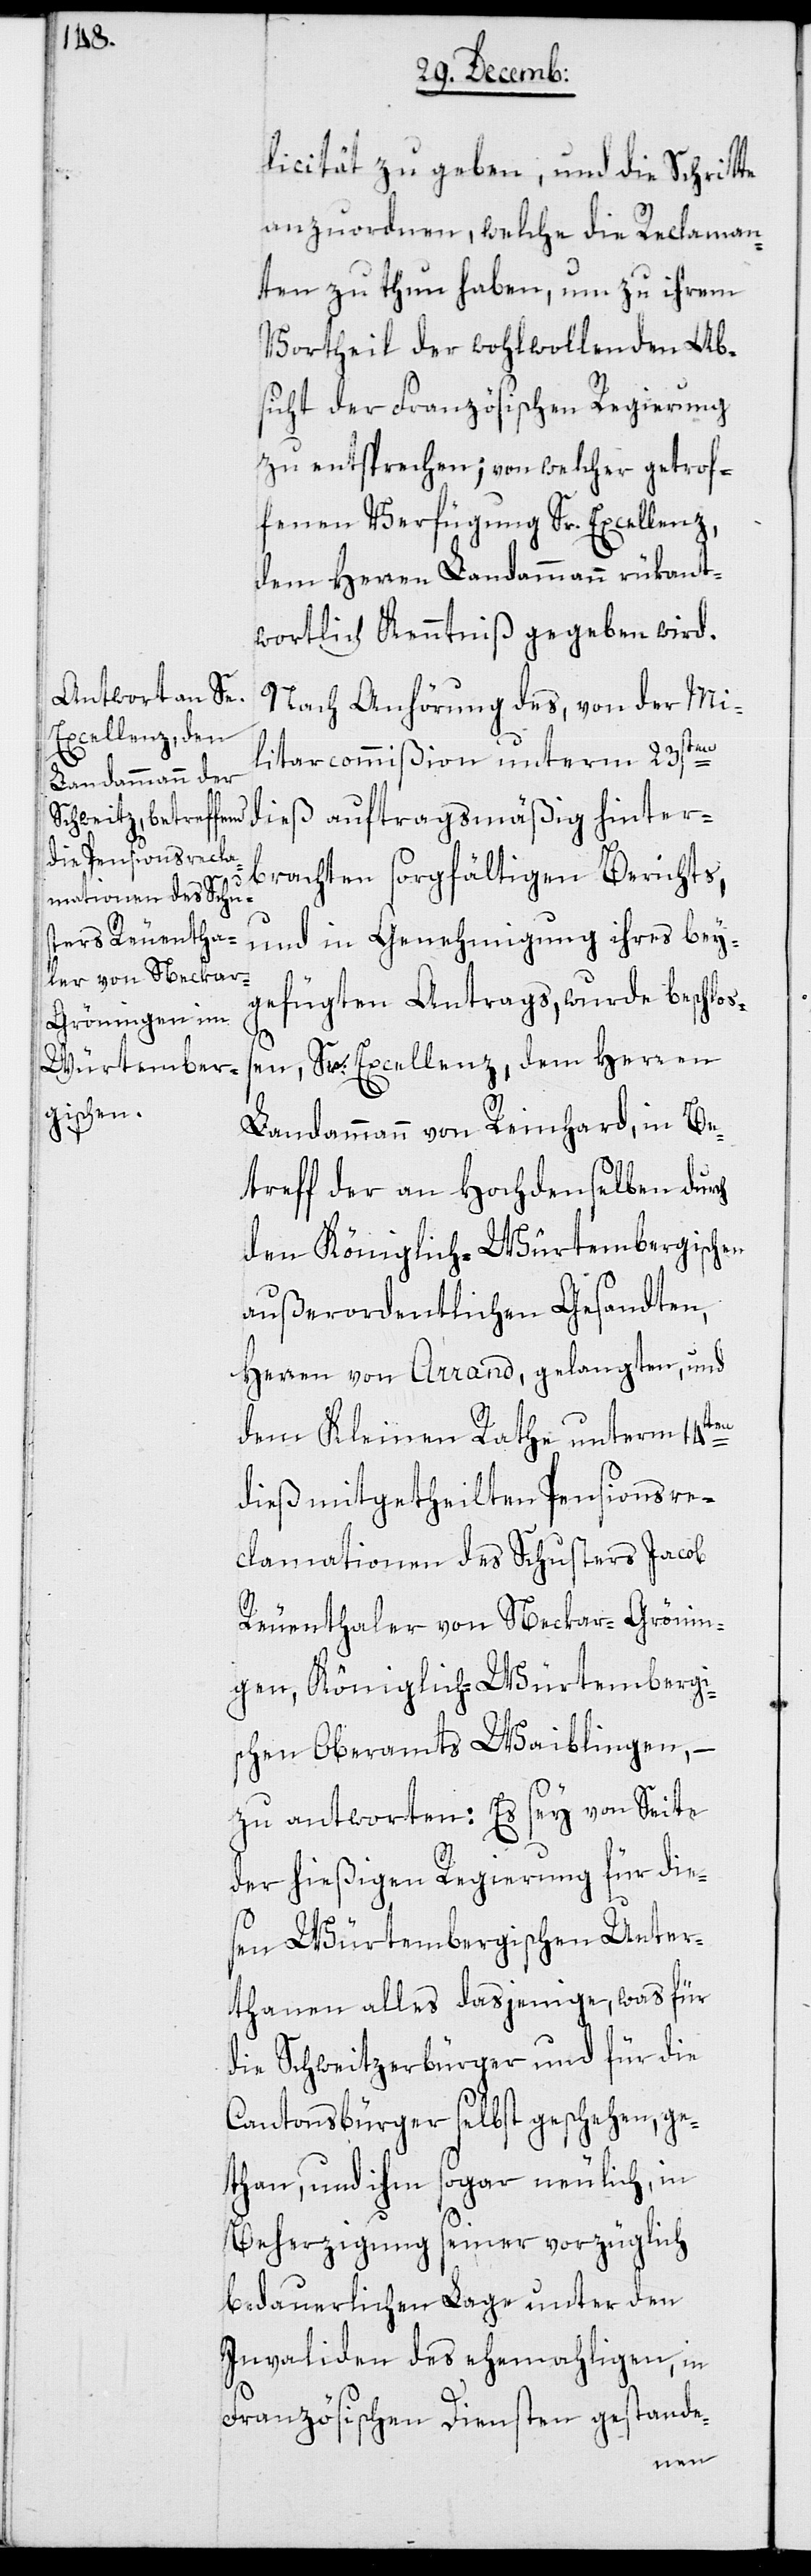
licität zu geben, und die Schritte
anzuordnen, welche die Reclaman¬
ten zu thun haben, um zu ihrem
Vortheil der wohlwollenden Abs¬
icht der Französischen Regierung
zu entsprechen; von welcher getrof¬
fenen Verfügung Sr. Excellenz
dem Herren Landammann rükant¬
wortlich Kenntniß gegeben wird.
Nach Anhörung des, von der Mi¬
litarcommißion unterm 23sten
dieß auftragsmäßig hinter¬
brachten sorgfältigen Berichts,
und in Genehmigung ihres bey¬
gefügten Antrags, wurde beschloß¬
en, Sr. Excellenz dem Herren
Landammann von Reinhard, in Be¬
treff der an Hochdenselben durch
den Königlich-Würtembergischen
außerordentlichen Gesandten,
Herren von Arrand, gelangten, und
dem Kleinen Rathe unterm 14ten
dieß mitgetheilten Pensionsre¬
clamationen des Schusters Jacob
Reuenthaler von Neckar-Grönin¬
gen, Königlich-Würtemergi¬
schen Oberamts Waiblingen, –
zu antworten: Es sey von Seite
der hießigen Regierung für dies¬
en Würtembergischen Unter¬
thanen alles dasjenige, was für
die Schweitzerbürger und für die
Cantonsbürger selbst geschehen, ge¬
than, und ihm sogar neulich, in
Beherzigung seiner vorzüglich
bedauerlichen Lage unter den
Invaliden des ehemahligen, in
Französischen Diensten gestande-